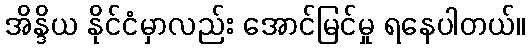
အိန္ဒိယ နိုင်ငံမှာလည်း အောင်မြင်မှု ရနေပါတယ်။